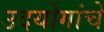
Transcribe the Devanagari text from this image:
उदयोगांचे